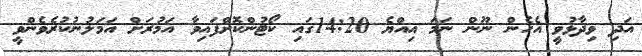
އަދި ވިދާޅުވީ އެހެން ނޫން ނަމަ އިއްޔެ 14:20ގައި ކޯޓުންކޮށްފައިވާ އަމުރަށް އަމަލުނުކުރެވެންވީ